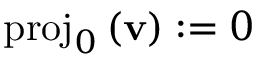
\mathrm { p r o j } _ { 0 } \, ( \mathbf { v } ) : = 0